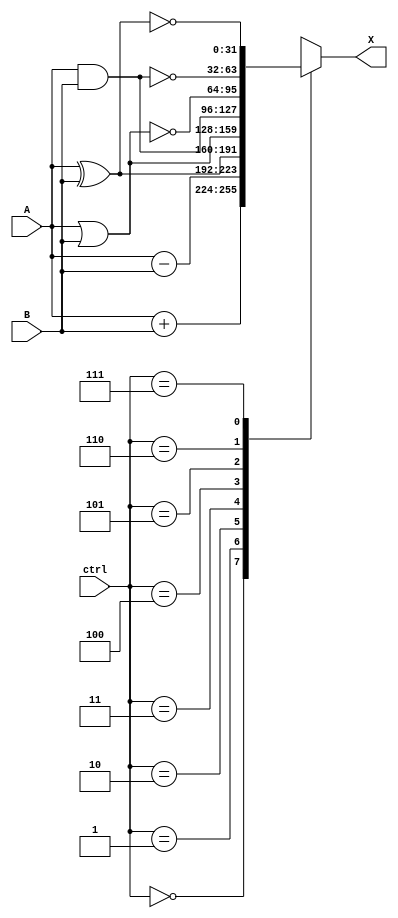
module ALU(input [2:0] ctrl, input [31:0] A, input [31:0] B, output reg [31:0] X);
always @(*) begin
    case (ctrl)
        3'b000: X=A+B;
        3'b001: X=A-B;
        3'b010: X=A^B;
        3'b011: X=A|B;
        3'b100: X=A&B;
        3'b101: X=~(A | B);
        3'b110: X=~(A & B);
        3'b111: X=~(A ^ B);
    endcase 
end
endmodule